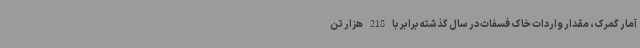
آمار گمرک، مقدار واردات خاک فسفات در سال گذشته برابر با 218 هزار تن